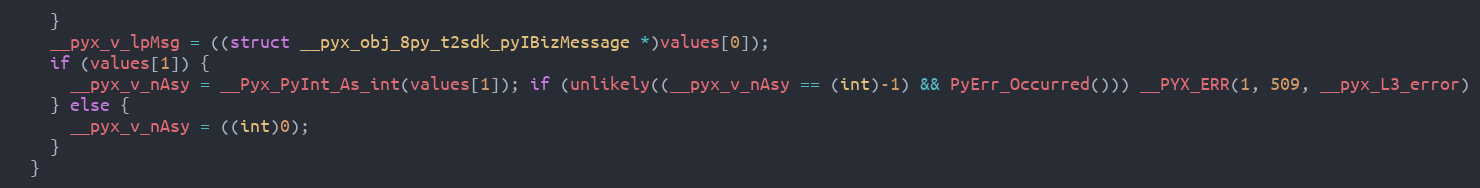
Language: C++
    }
    __pyx_v_lpMsg = ((struct __pyx_obj_8py_t2sdk_pyIBizMessage *)values[0]);
    if (values[1]) {
      __pyx_v_nAsy = __Pyx_PyInt_As_int(values[1]); if (unlikely((__pyx_v_nAsy == (int)-1) && PyErr_Occurred())) __PYX_ERR(1, 509, __pyx_L3_error)
    } else {
      __pyx_v_nAsy = ((int)0);
    }
  }